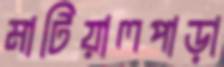
মাটিয়ালপাড়া